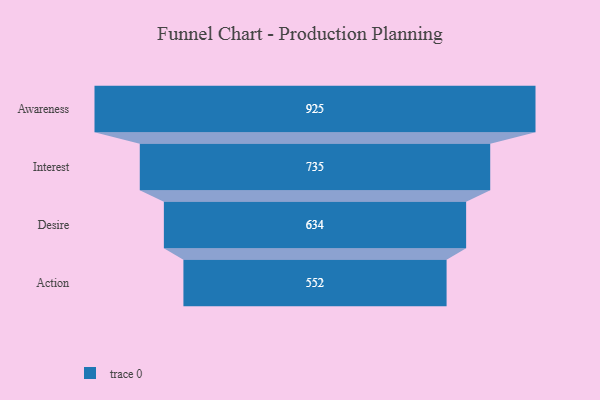
{"axis": {"x": "Stage", "y": "Value"}, "legend": [""], "data": [{"x": "Awareness", "y": 925.0, "type": ""}, {"x": "Interest", "y": 735.0, "type": ""}, {"x": "Desire", "y": 634.0, "type": ""}, {"x": "Action", "y": 552.0, "type": ""}]}